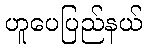
ဟူပေပြည်နယ်